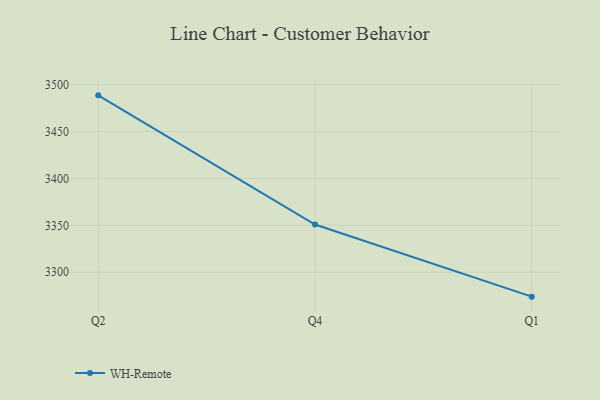
{"axis": {"x": "Quarter", "y": "Revenue (USD Million)"}, "legend": ["WH-Remote"], "data": [{"x": "Q2", "y": 3488.7, "type": "WH-Remote"}, {"x": "Q4", "y": 3350.9, "type": "WH-Remote"}, {"x": "Q1", "y": 3273.9, "type": "WH-Remote"}]}